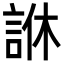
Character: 䛙